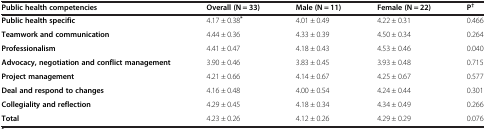
<table><thead><tr><td><b>Public health competencies</b></td><td><b>Overall (N = 33)</b></td><td><b>Male (N = 11)</b></td><td><b>Female (N = 22)</b></td><td><b>P<sup>†</sup></b></td></tr></thead><tbody><tr><td><b>Public health specific</b></td><td>4.17 ± 0.38<sup><b>*</b></sup></td><td>4.01 ± 0.49</td><td>4.22 ± 0.31</td><td>0.466</td></tr><tr><td><b>Teamwork and communication</b></td><td>4.44 ± 0.36</td><td>4.33 ± 0.39</td><td>4.50 ± 0.34</td><td>0.264</td></tr><tr><td><b>Professionalism</b></td><td>4.41 ± 0.47</td><td>4.18 ± 0.43</td><td>4.53 ± 0.46</td><td>0.040</td></tr><tr><td><b>Advocacy, negotiation and conflict management</b></td><td>3.90 ± 0.46</td><td>3.83 ± 0.45</td><td>3.93 ± 0.48</td><td>0.715</td></tr><tr><td><b>Project management</b></td><td>4.21 ± 0.66</td><td>4.14 ± 0.67</td><td>4.25 ± 0.67</td><td>0.577</td></tr><tr><td><b>Deal and respond to changes</b></td><td>4.16 ± 0.48</td><td>4.00 ± 0.54</td><td>4.24 ± 0.44</td><td>0.301</td></tr><tr><td><b>Collegiality and reflection</b></td><td>4.29 ± 0.45</td><td>4.18 ± 0.34</td><td>4.34 ± 0.49</td><td>0.266</td></tr><tr><td><b>Total</b></td><td>4.23 ± 0.26</td><td>4.12 ± 0.26</td><td>4.29 ± 0.29</td><td>0.076</td></tr></tbody></table>